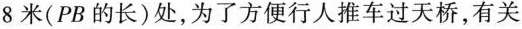
8米(PB的长)处，为了方便行人推车过天桥，有关